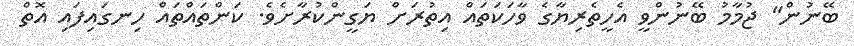
ބޭނުން" ޖުމާމު ބޭނުންވީ އެހީތެރިޔާގެ ވާހަކަތައް އިތުރަށް ޔަގީންކުރާށެވެ. ކަންތައްތައް ހިނގައިފައި އޮތް